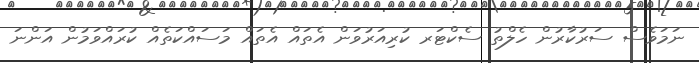
ނަމަވެސް ސަރުކާރުން ހެލްތު ސެކްޓަރ ކުރިއަރުވަން އެތައް އެތައް މަސައްކަތެއް ކުރައްވަމުން އަންނަ